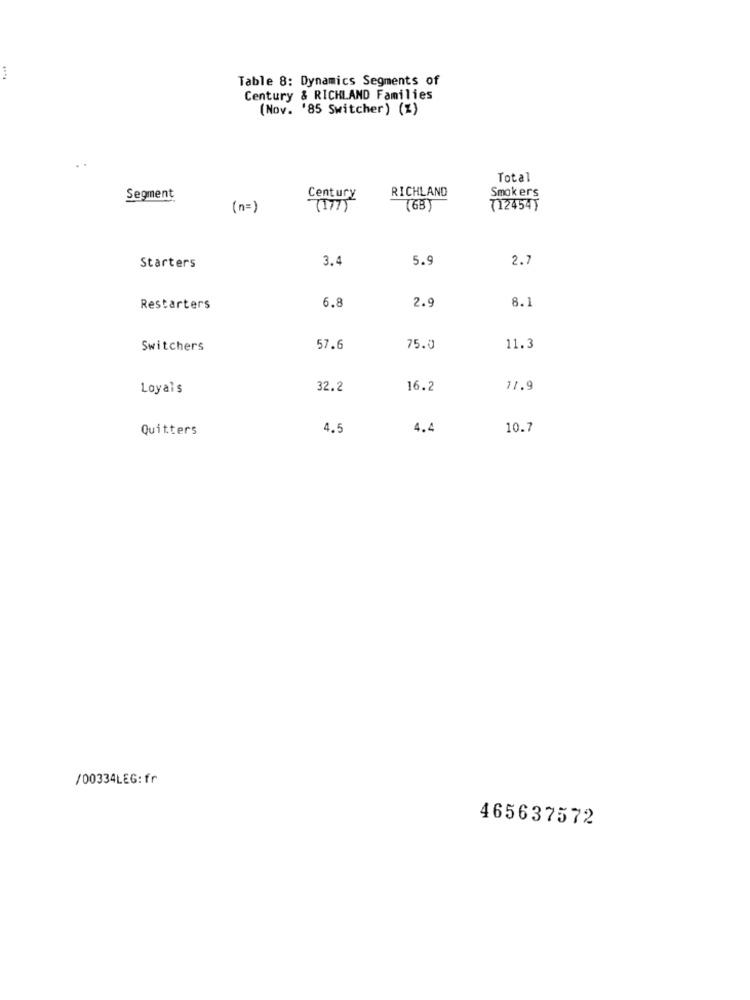
Table 8: Dynamics Segments of
Century & RICHLAND Families
(Nov. '85 Switcher) (Z)
Total
RICHLAND
Smokers
Segment
Century
(n=)
(177 )
712454)
3.4
5.9
2.7
Starters
6.8
8.1
Restarters
2.9
Switchers
57.6
75.0
11.3
Loyals
32.2
16.2
71.9
Quitters
4.5
4.4
10.7
/00334LEG:fr
465637572